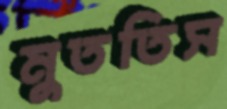
মুততিস